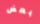
بعض